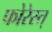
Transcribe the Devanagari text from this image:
फोरेस्त्